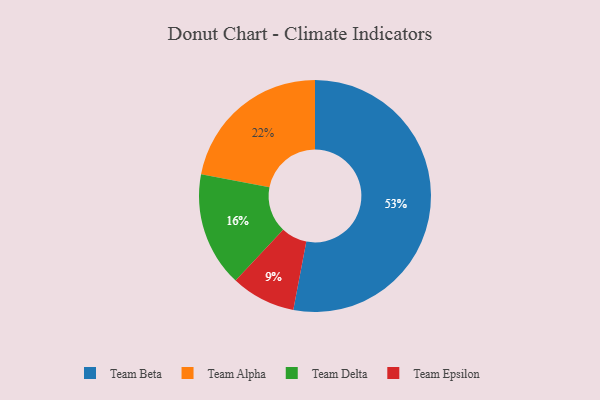
{"axis": {"x": "Category", "y": "Percentage"}, "legend": ["Team Alpha", "Team Beta", "Team Delta", "Team Epsilon"], "data": [{"x": "Team Delta", "y": 16, "type": "Team Delta"}, {"x": "Team Epsilon", "y": 9, "type": "Team Epsilon"}, {"x": "Team Beta", "y": 53, "type": "Team Beta"}, {"x": "Team Alpha", "y": 22, "type": "Team Alpha"}]}